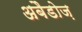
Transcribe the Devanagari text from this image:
अबैडोज़